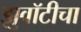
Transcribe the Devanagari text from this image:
झुवॉटीचा